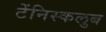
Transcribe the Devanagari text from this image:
टेंनिस्कलुब